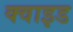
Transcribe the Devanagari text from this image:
क्वाइड